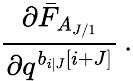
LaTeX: \frac{\partial\bar{F}_{A_{J/1}}}{\partial q^{b_{i|J}\left[i+J\right]}}\, .